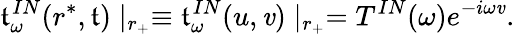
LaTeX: \mathfrak{t}_{\omega}^{IN}(r^{*},\mathfrak{t})\mid_{r_{+}}\equiv\mathfrak{t}_{\omega}^{IN}(u,\mathit{v})\mid_{r_{+}}=T^{IN}(\omega)e^{-i\omega\mathit{v}}.